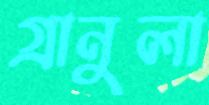
গ্রানুলা